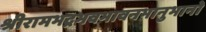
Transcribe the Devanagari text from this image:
श्रीरामभद्रभवभावनभानुभानो